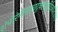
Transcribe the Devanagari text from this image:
शंभोरंभोरुहचटुकचक्षुर्विजयते॥४॥